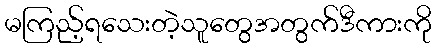
မကြည့်ရသေးတဲ့သူတွေအတွက်ဒီကားကို